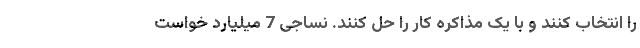
را انتخاب کنند و با یک مذاکره کار را حل کنند. نساجی 7 میلیارد خواست